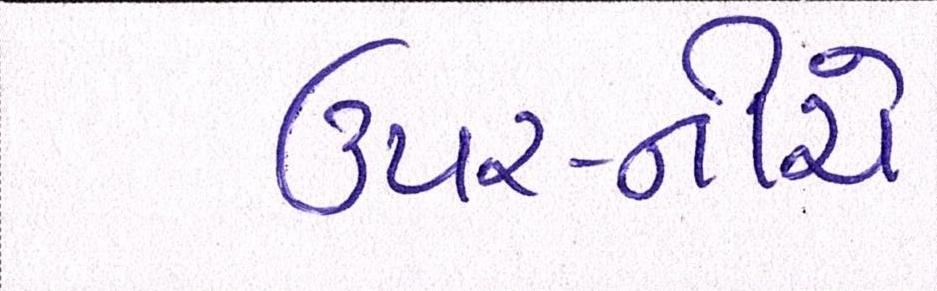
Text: ઉપર-નીચે